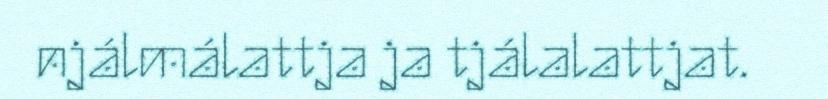
njálmálattja ja tjálalattjat.